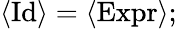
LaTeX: \langle{\mathrm{Id}}\rangle=\langle{\mathrm{Expr}}\rangle;